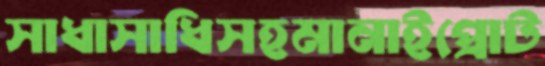
সাধাসাধিসহমানাইপ্রোট